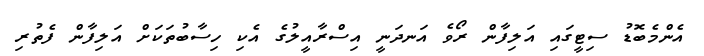
އެންމެބޮޑު ސިޓީގައި އަލިފާން ރޯވެ އަނދަނީ އިސްރާއީލުގެ އެކި ހިސާބުތަކަށް އަލިފާން ފެތުރި